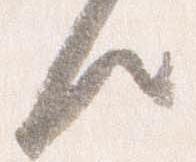
候